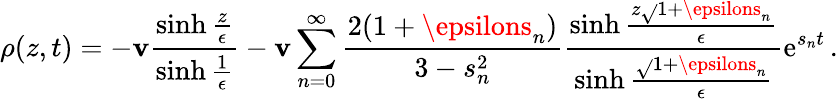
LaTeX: \rho(z,t)=-\mathbf{v}\frac{{\sinh{\frac{{z}}{{\epsilon}}}}}{{\sinh{\frac{{1}}{{\epsilon}}}}}-\mathbf{v}\sum_{n=0}^{\infty}\frac{{2(1+\epsilons_{n})}}{{3-s_{n}^{2}}}\frac{{\sinh{\frac{{z\sqrt{}{{1+\epsilons_{n}}}}}{{\epsilon}}}}}{{\sinh{\frac{{\sqrt{}{{1+\epsilons_{n}}}}}{{\epsilon}}}}}\operatorname{e}^{s_{n}t}\, .